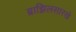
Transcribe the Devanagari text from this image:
ब्राझिलसारखे